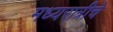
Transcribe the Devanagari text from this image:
मध्यरात्रीचे